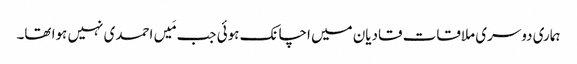
ہماری دوسری ملاقات قادیان میں اچانک ہوئی جب مَیں احمدی نہیں ہوا تھا۔